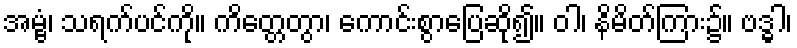
အမ္ဗံ၊ သရက်ပင်ကို။ ကိတ္တေတွာ၊ ကောင်းစွာပြေဆို၍။ ဝါ၊ နိမိတ်ကြား၌။ ဗဒ္ဓါ၊